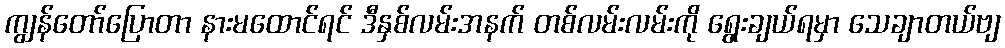
ကျွန်တော်ပြောတာ နားမထောင်ရင် ဒီနှစ်လမ်းအနက် တစ်လမ်းလမ်းကို ရွေးချယ်ရမှာ သေချာတယ်ဗျ